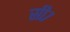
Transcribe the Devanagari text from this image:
सी७